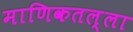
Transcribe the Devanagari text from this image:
माणिकतल्ला